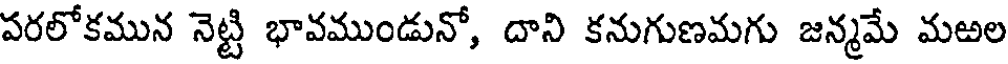
పరలోకమున నెట్టి భావముండునో, దాని కనుగుణమగు జన్మమే మఱల